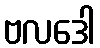
ဗလဒေါ